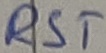
Text: RST